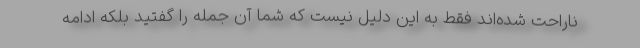
ناراحت شده‌اند فقط به این دلیل نیست که شما آن جمله را گفتید بلکه ادامه